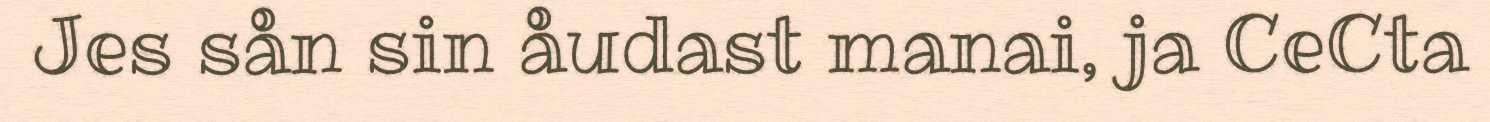
Jes sån sin åudast manai, ja CeCta